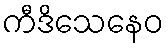
ကီဒိသေနေဝ